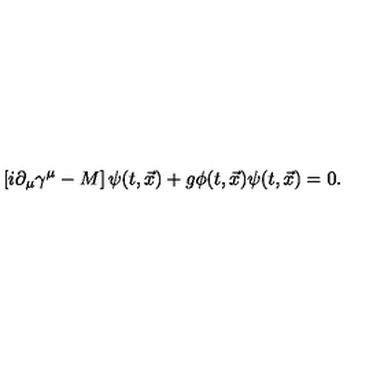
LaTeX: \left[ i \partial _ { \mu } \gamma ^ { \mu } - M \right] \psi ( t , { \vec { x } } ) + g \phi ( t , { \vec { x } } ) \psi ( t , { \vec { x } } ) = 0 .